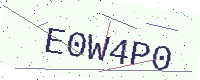
Text: E0W4P0